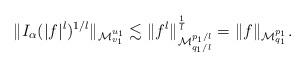
LaTeX: \begin{align*}\|I_{\alpha}(|f|^{l})^{1/l}\|_{\mathcal{M}_{v_{1}}^{u_{1}}}\lesssim\|f^{l}\|_{\mathcal{M}_{q_{1}/l}^{p_{1}/l}}^{\frac{1}{l}}=\|f\|_{\mathcal{M}_{q_{1}}^{p_{1}}}.\end{align*}